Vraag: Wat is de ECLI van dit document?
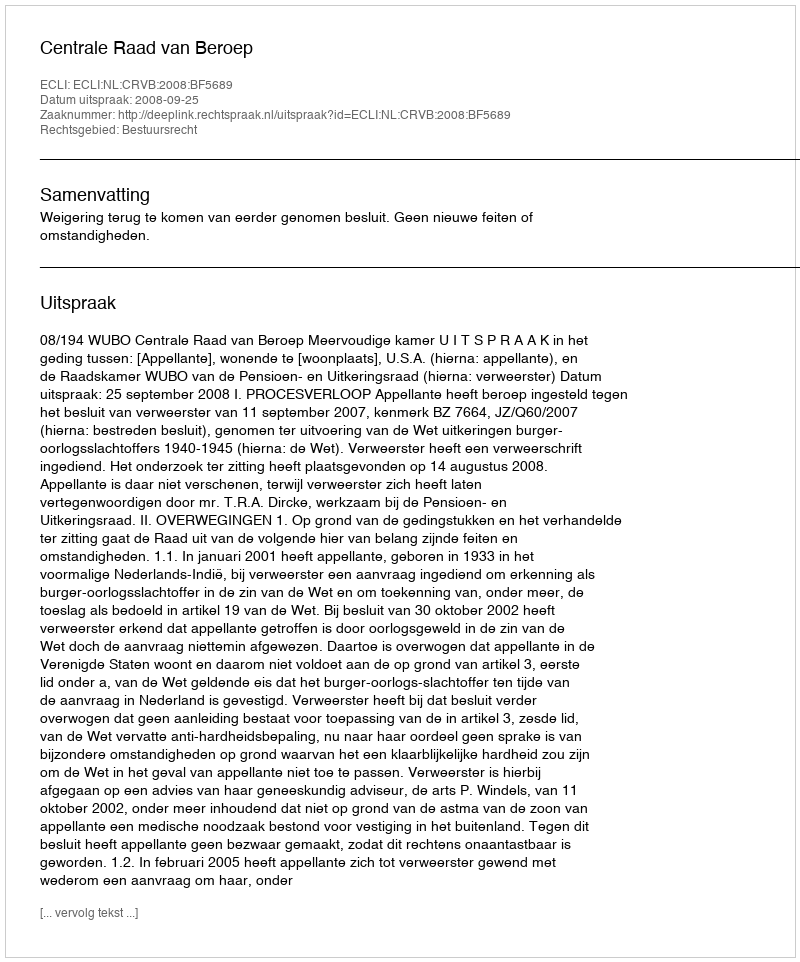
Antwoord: ECLI:NL:CRVB:2008:BF5689